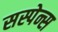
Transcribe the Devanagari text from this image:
सस्पेन्स